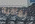
بمافيه